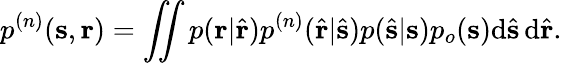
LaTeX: p^{(n)}(\mathbf{s},\mathbf{r})=\iint p(\mathbf{r}|\hat{\mathbf{r}})p^{(n)}(\hat{\mathbf{r}}|\hat{\mathbf{s}})p(\hat{\mathbf{s}}|\mathbf{s})p_{o}(\mathbf{s})\mathrm{{d}\hat{\mathbf{s}}\, \mathrm{{d}\hat{\mathbf{r}}.}}